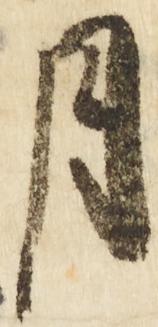
月